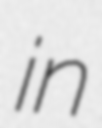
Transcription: in